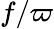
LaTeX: f/\varpi